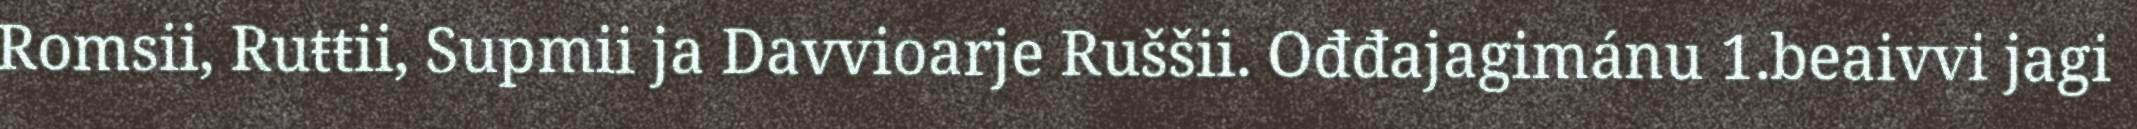
Romsii, Ruŧŧii, Supmii ja Davvioarje Ruššii. Ođđajagimánu 1.beaivvi jagi